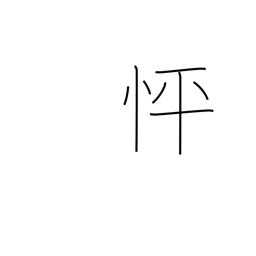
Meaning: in a hurry